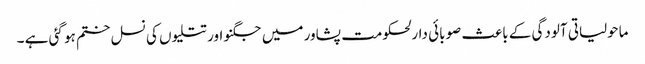
ماحولیاتی آلودگی کے باعث صوبائی دارلحکومت پشاور میں جگنو اور تتلیوں کی نسل ختم ہو گئی ہے ۔